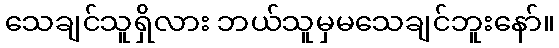
သေချင်သူရှိလား ဘယ်သူမှမသေချင်ဘူးနော်။